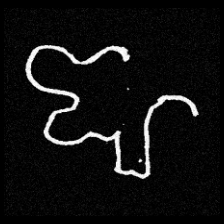
Pyu character \u2014 Myanmar letter: ဈ (romanized: jha)